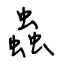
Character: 蟲